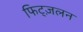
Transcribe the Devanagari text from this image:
फिट्ज़लन